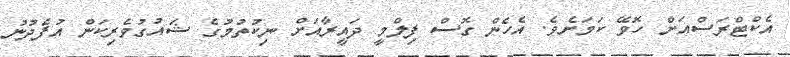
އެކްޓްރަސްއަށް ހޮވޭ ކަމަށެވެ. އެހެން ގޮސް ފިލްމީ ދައީރާއަށް ނިކުތުމުގެ ޝައުގުވެރިކަން އުފެދުނު